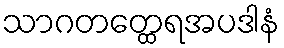
သာဂတတ္ထေရအပဒါနံ